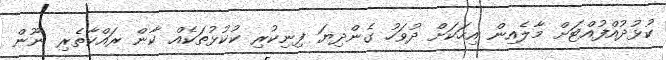
ކުޅުދުއްފުއްޓަށް މާލެއިން އިހަކަށް ދުވަހު ގެންދިޔަ ފިނިކުރި ކުކުޅުތަކެއް ކާން ރައްކާތެރި ނޫން